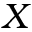
X